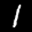
Label: 1